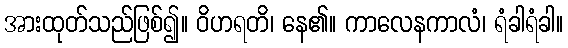
အားထုတ်သည်ဖြစ်၍။ ဝိဟရတိ၊ နေ၏။ ကာလေနကာလံ၊ ရံခါရံခါ။